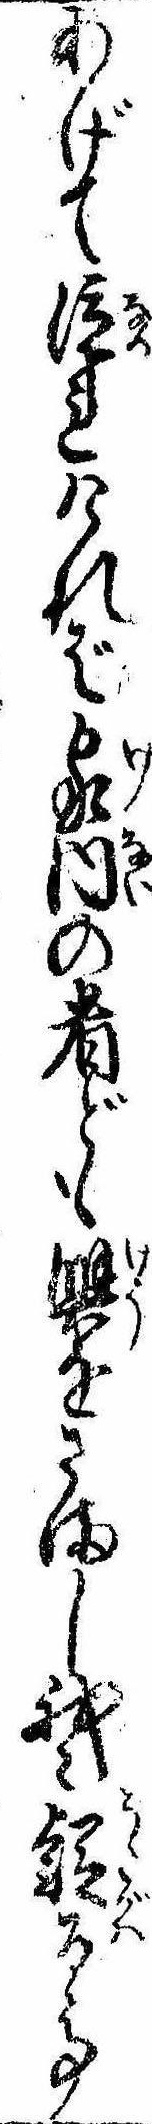
あげて泣れければ家内の者ども興をさまし我々疑るゝ事